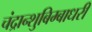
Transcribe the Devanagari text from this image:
चंद्रान्शुबिम्बाधरी